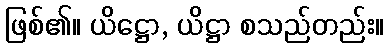
ဖြစ်၏။ ယိဋ္ဌော, ယိဋ္ဌာ စသည်တည်း။